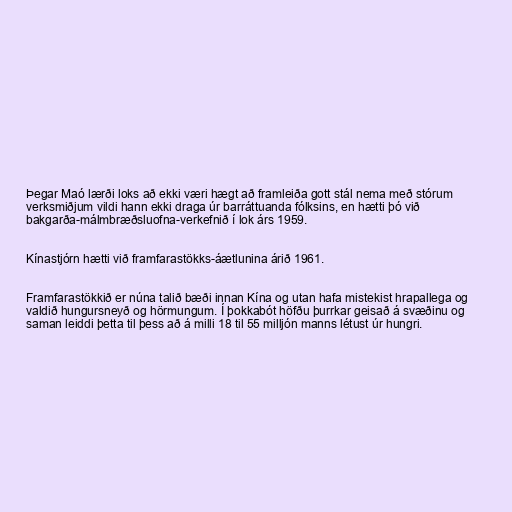
Þegar Maó lærði loks að ekki væri hægt að framleiða gott stál nema með stórum
verksmiðjum vildi hann ekki draga úr barráttuanda fólksins, en hætti þó við
bakgarða-málmbræðsluofna-verkefnið í lok árs 1959.

Kínastjórn hætti við framfarastökks-áætlunina árið 1961.

Framfarastökkið er núna talið bæði innan Kína og utan hafa mistekist hrapallega og
valdið hungursneyð og hörmungum. Í þokkabót höfðu þurrkar geisað á svæðinu og
saman leiddi þetta til þess að á milli 18 til 55 milljón manns létust úr hungri.